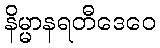
နိမ္မာနရတီဒေဝေ